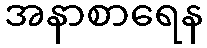
အနာစာရေန